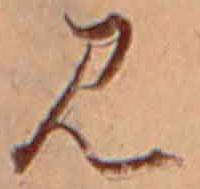
見